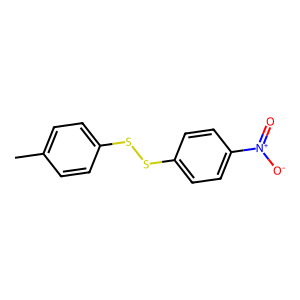
SMILES: Cc1ccc(SSc2ccc([N+](=O)[O-])cc2)cc1
Inhibits HIV replication: No